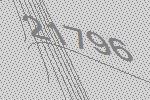
21796